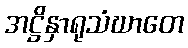
အဋ္ဌိနှာရုသံဃာတေ